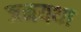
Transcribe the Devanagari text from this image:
जनयथा